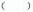
( )